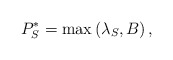
\begin{align*} P_{S}^{*} = \max \left(\lambda_{S}, B_{} \right),\end{align*}